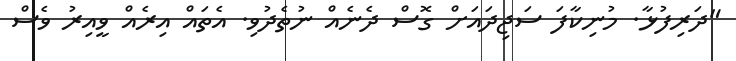
"ދަރިފުޅާ. މުނިކާފަ ސަޖިދައަށް ގޮސް ދެނެއް ނުތެދުވި. އެތައް އިރެއް ވީއިރު ވެސް